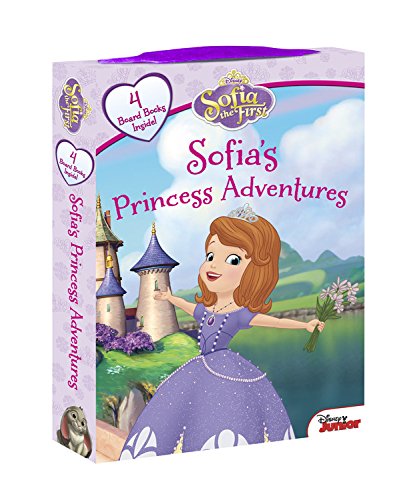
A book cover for Sofia the First Sofia's Princess Adventures: Board Book Boxed Set; Disney Book Group; Children's Books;